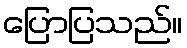
ပြောပြသည်။